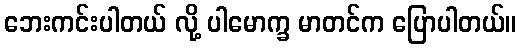
ဘေးကင်းပါတယ် လို့ ပါမောက္ခ မာတင်က ပြောပါတယ်။